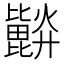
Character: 𣬗